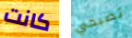
كانت تصبحي